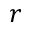
r